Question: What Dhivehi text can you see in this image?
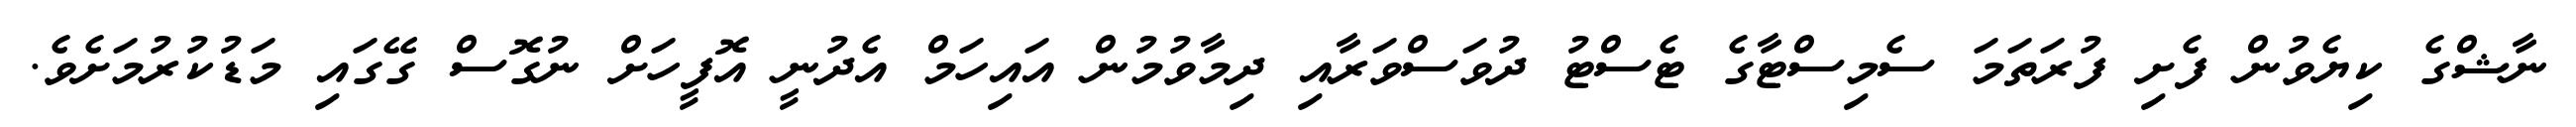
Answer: ނާޝްގެ ކިޔެވުން ފެށި ފުރަތަމަ ސެމިސްޓާގެ ޓެސްޓު ދުވަސްވަރާއި ދިމާވުމުން އައިހަމް އެދުނީ އޮފީހަށް ނުގޮސް ގޭގައި މަޑުކުރުމަށެވެ.